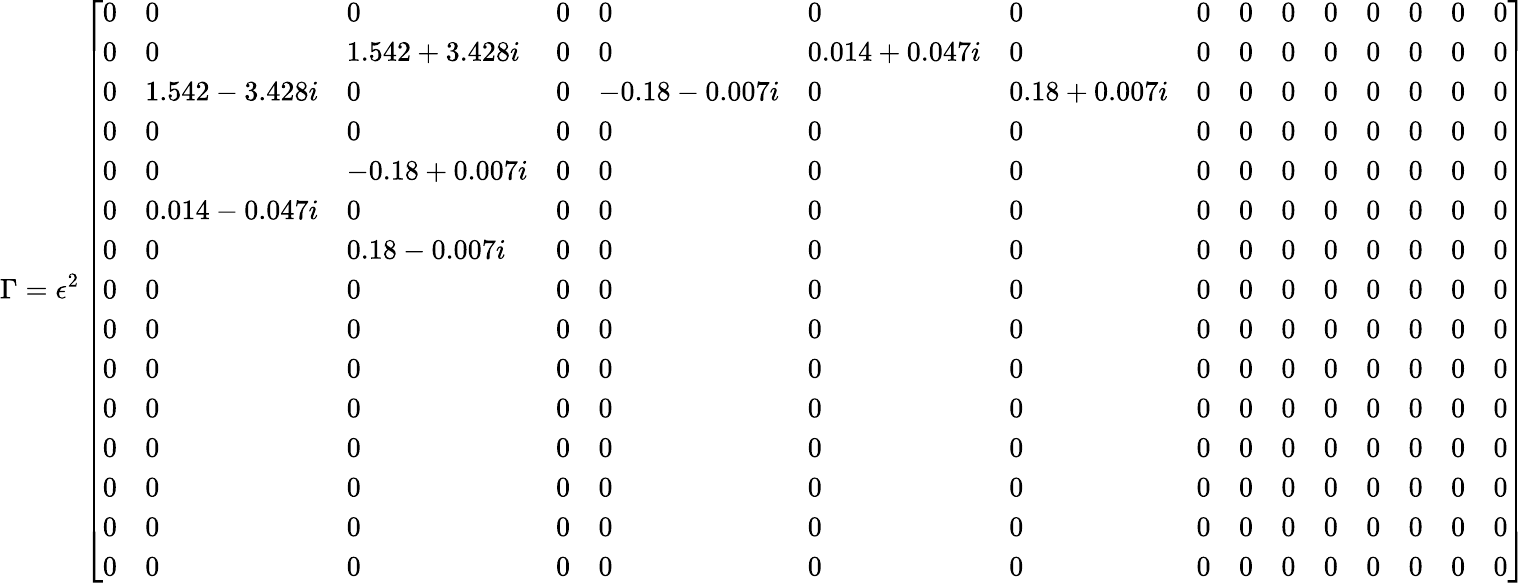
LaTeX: \Gamma=\epsilon^{2}\left[\begin{array}{lllllllllllllll}{0}&{0}&{0}&{0}&{0}&{0}&{0}&{0}&{0}&{0}&{0}&{0}&{0}&{0}&{0}\\ {0}&{0}&{1.542+3.428i}&{0}&{0}&{0.014+0.047i}&{0}&{0}&{0}&{0}&{0}&{0}&{0}&{0}&{0}\\ {0}&{1.542-3.428i}&{0}&{0}&{-0.18-0.007i}&{0}&{0.18+0.007i}&{0}&{0}&{0}&{0}&{0}&{0}&{0}&{0}\\ {0}&{0}&{0}&{0}&{0}&{0}&{0}&{0}&{0}&{0}&{0}&{0}&{0}&{0}&{0}\\ {0}&{0}&{-0.18+0.007i}&{0}&{0}&{0}&{0}&{0}&{0}&{0}&{0}&{0}&{0}&{0}&{0}\\ {0}&{0.014-0.047i}&{0}&{0}&{0}&{0}&{0}&{0}&{0}&{0}&{0}&{0}&{0}&{0}&{0}\\ {0}&{0}&{0.18-0.007i}&{0}&{0}&{0}&{0}&{0}&{0}&{0}&{0}&{0}&{0}&{0}&{0}\\ {0}&{0}&{0}&{0}&{0}&{0}&{0}&{0}&{0}&{0}&{0}&{0}&{0}&{0}&{0}\\ {0}&{0}&{0}&{0}&{0}&{0}&{0}&{0}&{0}&{0}&{0}&{0}&{0}&{0}&{0}\\ {0}&{0}&{0}&{0}&{0}&{0}&{0}&{0}&{0}&{0}&{0}&{0}&{0}&{0}&{0}\\ {0}&{0}&{0}&{0}&{0}&{0}&{0}&{0}&{0}&{0}&{0}&{0}&{0}&{0}&{0}\\ {0}&{0}&{0}&{0}&{0}&{0}&{0}&{0}&{0}&{0}&{0}&{0}&{0}&{0}&{0}\\ {0}&{0}&{0}&{0}&{0}&{0}&{0}&{0}&{0}&{0}&{0}&{0}&{0}&{0}&{0}\\ {0}&{0}&{0}&{0}&{0}&{0}&{0}&{0}&{0}&{0}&{0}&{0}&{0}&{0}&{0}\\ {0}&{0}&{0}&{0}&{0}&{0}&{0}&{0}&{0}&{0}&{0}&{0}&{0}&{0}&{0}\end{array}\right]